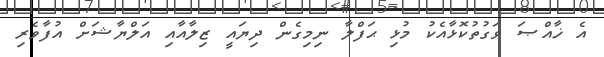
އެ ޚާއްޞަ ވަގުތުކޮޅާއެކު މުޅި ޙަފްލާ ނިމިގެން ދިޔައީ ޒިލާއާއި އަލްޔާޝަށް އުފާވެރި